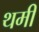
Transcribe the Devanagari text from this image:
थमी